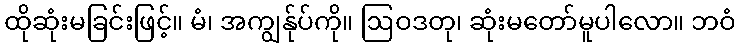
ထိုဆုံးမခြင်းဖြင့်။ မံ၊ အကျွန်ုပ်ကို။ ဩဝဒတု၊ ဆုံးမတော်မူပါလော။ ဘဝံ